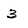
Character: 3